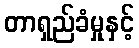
တာရှည်ခံမှုနှင့်